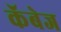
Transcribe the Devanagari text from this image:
कॅबेज